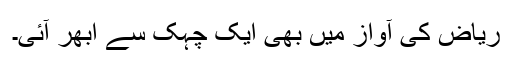
ریاض کی آواز میں بھی ایک چہک سے ابھر آئی۔